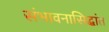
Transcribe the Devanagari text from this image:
संभावनासिद्धांत